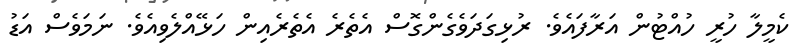
ކެމީލާ ހުރީ ހުއްޓުން އަރާފައެވެ. ރުޅިގަދަވެގެންގޮސް އެތެރެ އެތެރެއިން ހަޅޭއްލެވިއެވެ. ނަމަވެސް އަޑު